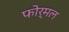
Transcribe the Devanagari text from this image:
फोर्मल